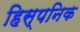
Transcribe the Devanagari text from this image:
हिस्पनिक